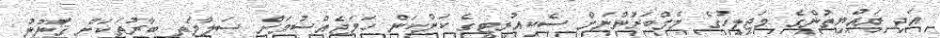
އަދި ރަައްޔިތުންގެ މަޖިލީހުގެ މެމްބަރުންނަށް ސެކިއުރިޓީގެ ކަންކަން ހަމަޖެއްސުމަށް ސަލާމަތީ ބާރުތަކަށް ޤާަނޫނު